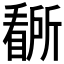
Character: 𭿡